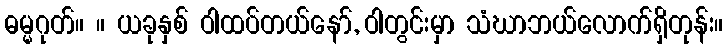
ဓမ္မဂုတ်။ ။ ယခုနှစ် ဝါထပ်တယ်နော်, ဝါတွင်းမှာ သံဃာဘယ်လောက်ရှိတုန်း။